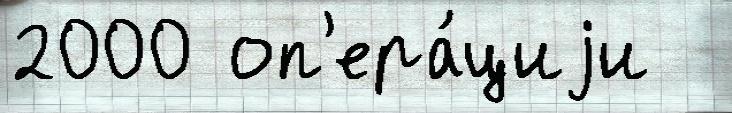
2000 оп'ера́циjи